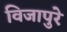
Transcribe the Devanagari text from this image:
विजापुरे